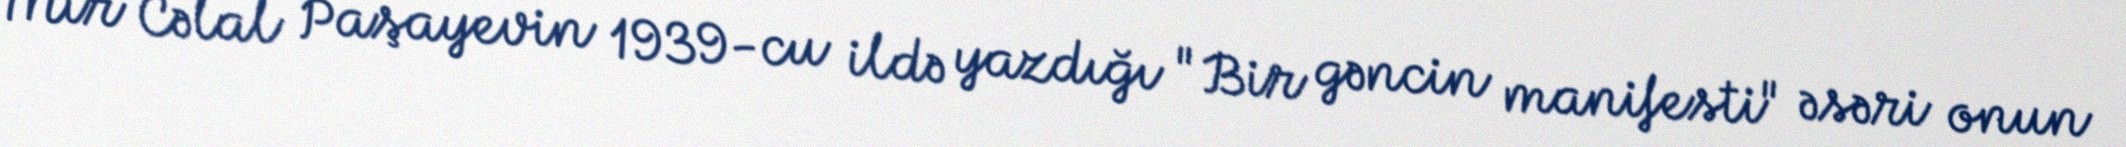
Mir Cəlal Paşayevin 1939-cu ildə yazdığı "Bir gəncin manifesti" əsəri onun